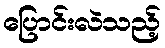
ပြောင်းလဲသည့်